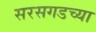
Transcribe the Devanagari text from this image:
सरसगडच्या